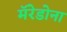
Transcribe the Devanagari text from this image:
मॅरेडोना